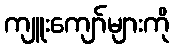
ကျူးကျော်များကို